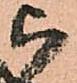
被